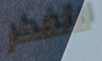
لاتفكر